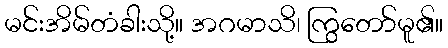
မင်းအိမ်တံခါးသို့။ အဂမာသိ၊ ကြွတော်မူ၏။